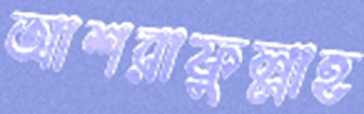
আশরাফুল্লাহ